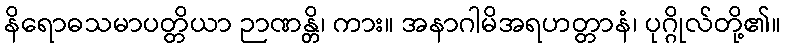
နိရောဓသမာပတ္တိယာ ဉာဏန္တိ၊ ကား။ အနာဂါမိအရဟတ္တာနံ၊ ပုဂ္ဂိုလ်တို့၏။